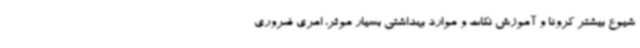
شیوع بیشتر کرونا و آموزش نکات و موارد بهداشتی بسیار موثر، امری ضروری